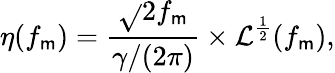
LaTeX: \eta(f_{\mathsf{m}})=\frac{{\sqrt{}{{2}}f_{\mathsf{m}}}}{{\gamma/(2\pi)}}\times\mathcal{{L}}^{\frac{{1}}{{2}}}(f_{\mathsf{m}}),